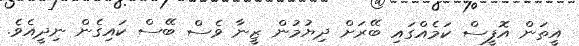
އީތަން އޮފީސް ކަމެއްގައި ބޭރަށް ދިޔުމުން ޒީނާ ވެސް ބޭސް ކައިގެން ނިދީއެވެ.